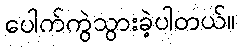
ပေါက်ကွဲသွားခဲ့ပါတယ်။